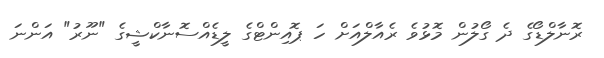
ރޮނާލްޑޯގެ ދެ ގޯލުން މޮޅުވެ ރެއާލްއަށް ހަ ޕޮއިންޓްގެ ލީޑެއްސޮނާކްޝީގެ "ނޫރު" އަންނަ